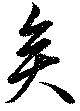
矣